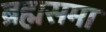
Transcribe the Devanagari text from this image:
ब्रह्मसमा